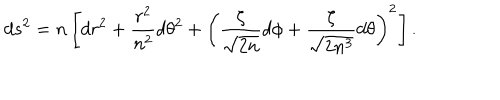
LaTeX: d s ^ { 2 } = n \left[ d r ^ { 2 } + \frac { r ^ { 2 } } { n ^ { 2 } } d \theta ^ { 2 } + \left( \frac \zeta { \sqrt { 2 n } } d \phi + \frac \zeta { \sqrt { 2 n ^ { 3 } } } d \theta \right) ^ { 2 } \right] .